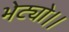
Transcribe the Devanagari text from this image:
भेट्यो।।